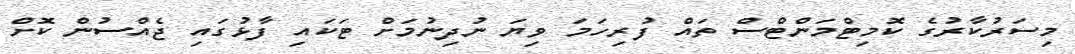
މިސަރުކާރުގެ ކޮމިޓްމަންޓްސް ތައް ފުރިހަމަ ވިޔަ ނުދިނުމަށް ޓަކައި ފާޅުގައި ޖެއްސުން ކޮށް